NAE_EAOK_eestikeelsed_sunnimeetrikad, lk 23
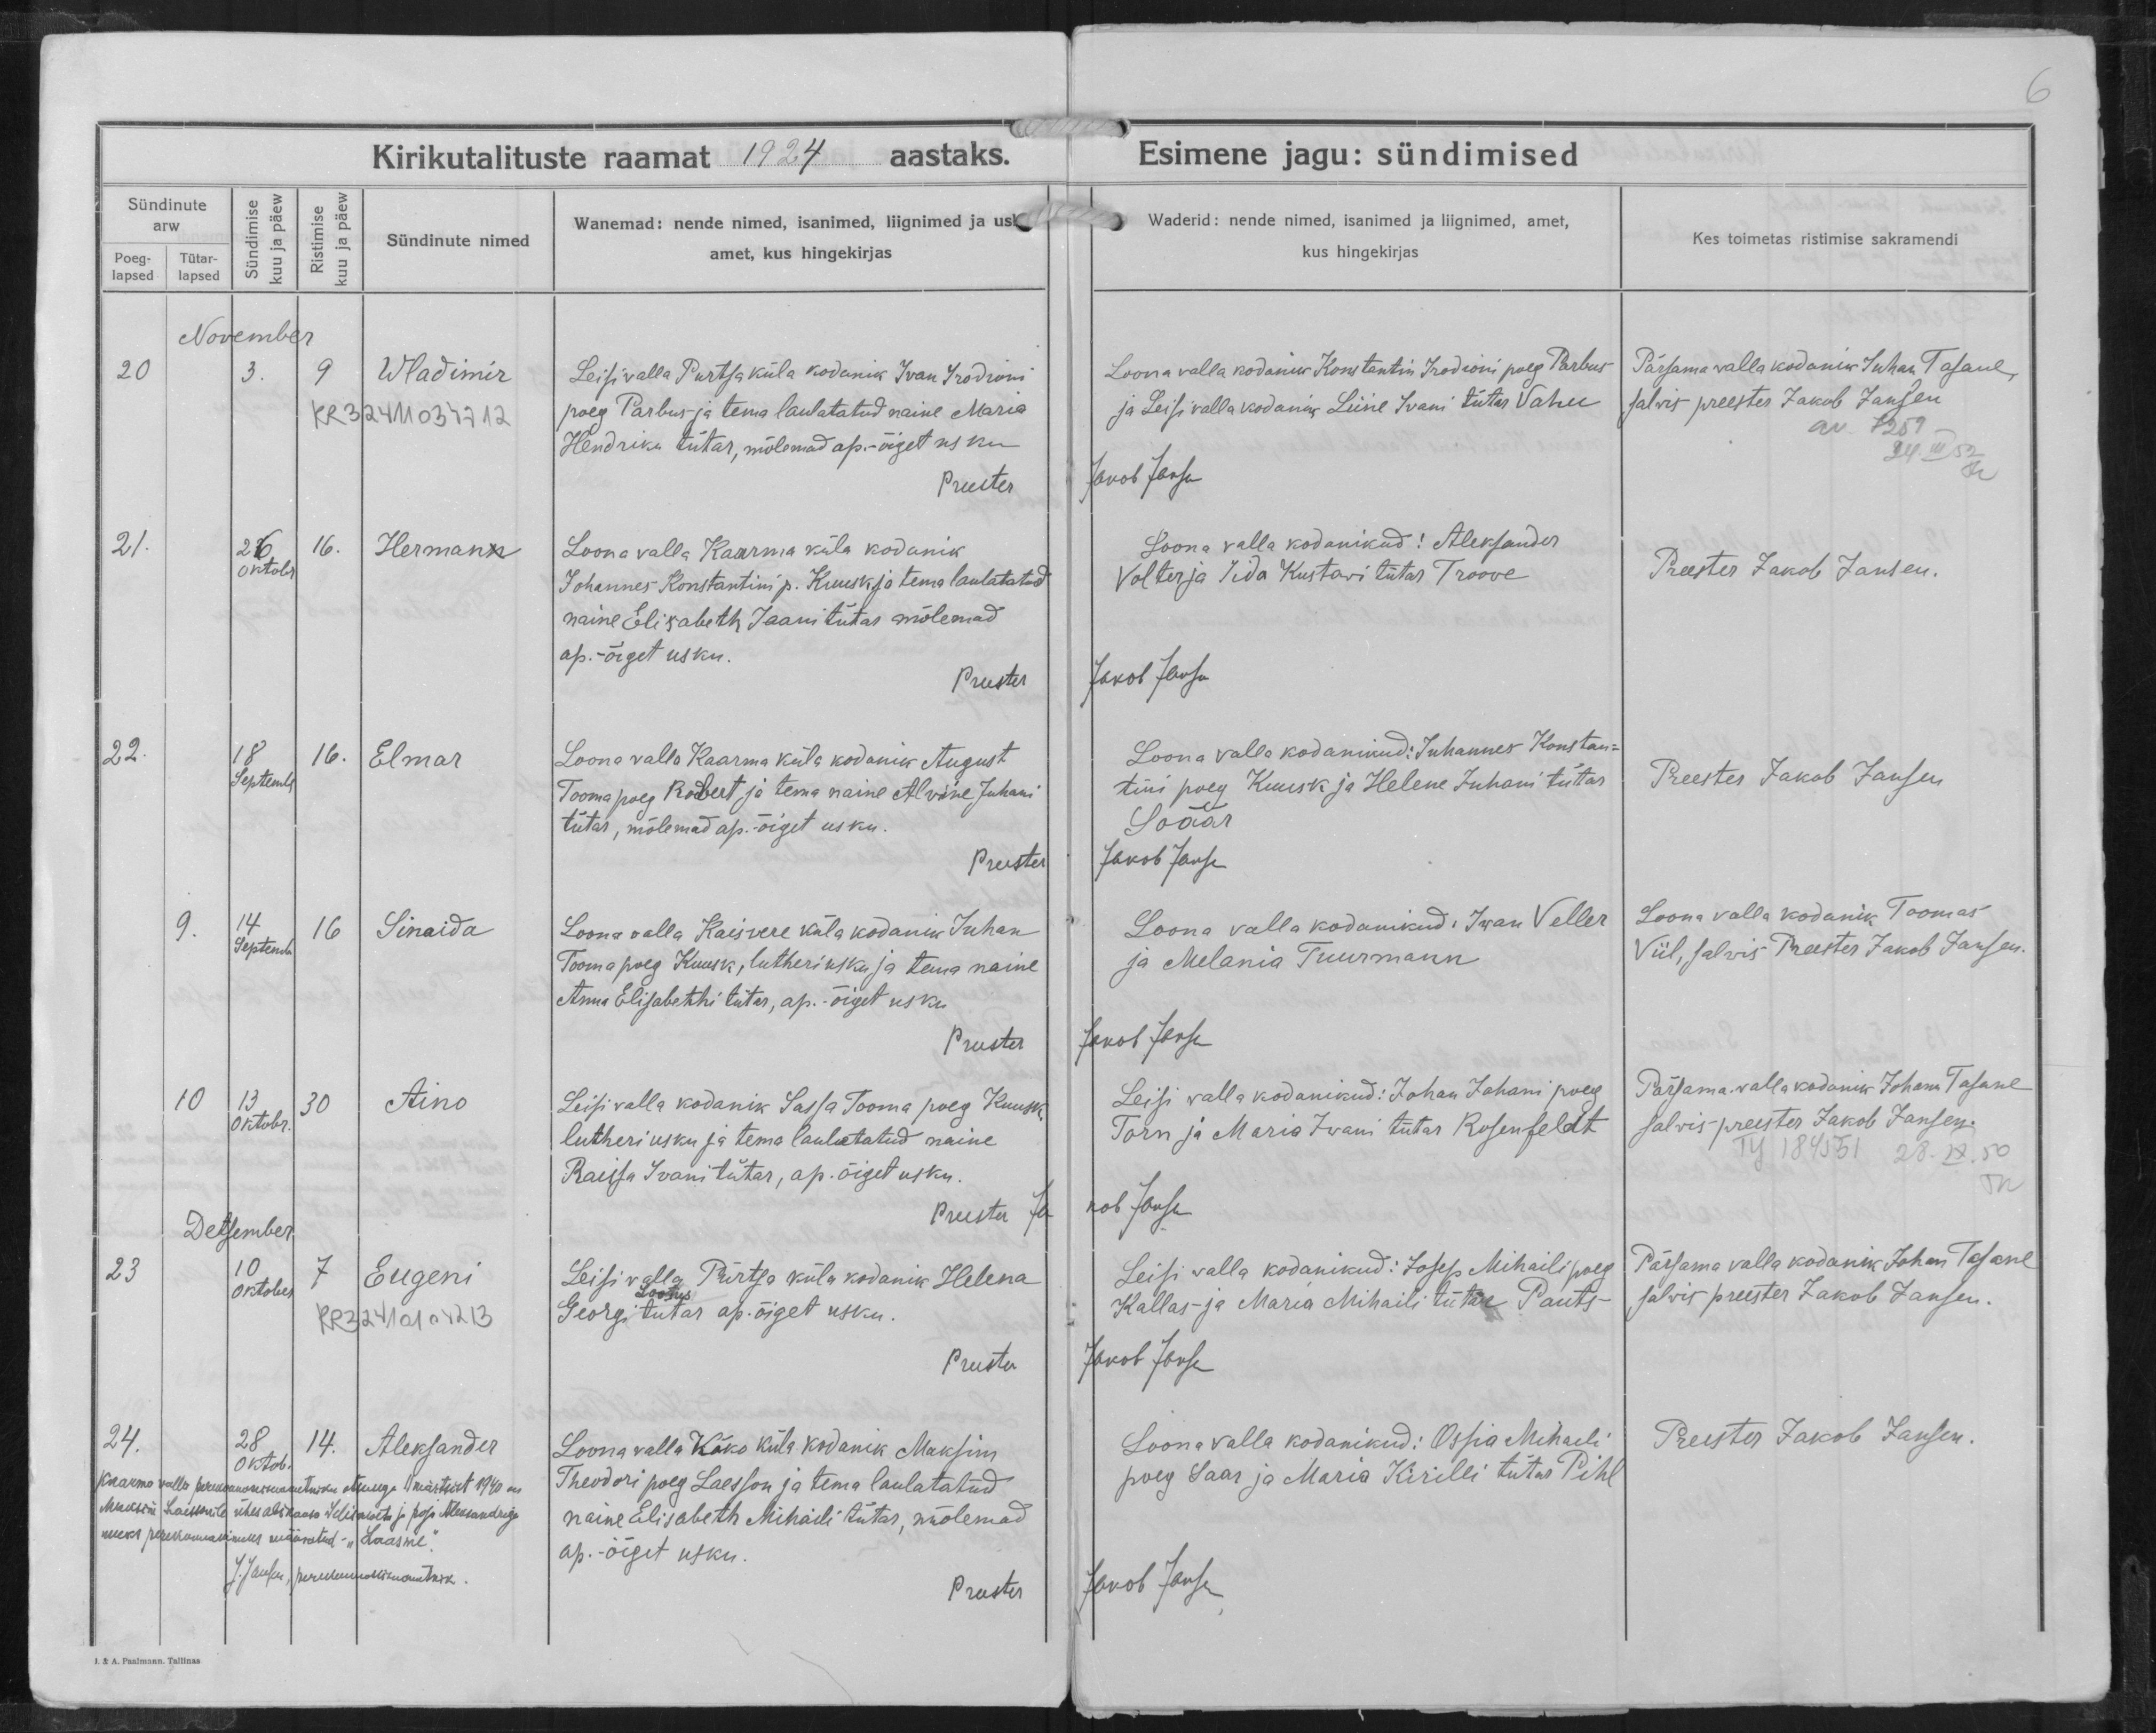
Wladimir

Hermann

Elmar

Sinaida

Aino

Eugeni

Aleksander

Leisi valla Purtsa küla kodanik Ivan Irodioni
poeg Parbus ja tema laulatatud naine Maria
Hendriku tütar, mõlemad ap.-õiget usku.

Loona valla Kaarma küla kodanik
Johannes Konstantin p. Kuusk ja tema laulatatud
naine Elisabeth Jaani tütar mõlemad
ap.-õiget usku.

Loona valla Kaarma küla kodanik August
Tooma poeg Robert ja tema naine Alvine Juhani
tütar, mõlemad ap.-õiget usku.

Loona valla Kaisvere küla kodanik Juhan
Tooma poeg Kuusk, lutheri usku ja tema naine
Anna Elisabethi tütar, ap.-õiget usku

Leisi valla kodanik Sassa Tooma poeg Kuusk
lutheri usku ja tema laulatatud naine
Raissa Ivani tütar, ap. õiget usku.

Leisi valla Purtso küla kodanik Helena
Lootus
Georgi tütar ap. õiget usku.

Loona valla Käko küla kodanik Maksim
Theodori poeg Laesson ja tema laulatatud
naine Elisabeth Mihaili tütar, mõlemad
ap.-õiget usku.